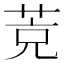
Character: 𦯇